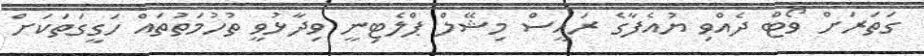
ގަތަރަށް ވޯޓް ދެއްވި ޔުއެފާގެ ރައީސް މިޝޭލް ޕްލެޓިނީ ވިދާޅުވީ ތުހުމަތުތައް ހަގީގަތަކަށް